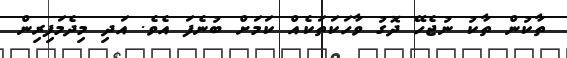
ތާކުން ތާކު ނުޖެހޭ ދޮގު ވާހަކަތަކެއް ކަމަށް ބުނެފަ އެވެ. އަދި މިދެމަފިރިން